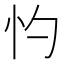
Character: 㣿